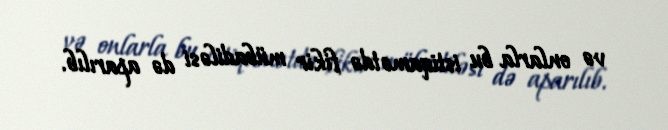
və onlarla bu istiqamətdə fikir mübadiləsi də aparılıb.